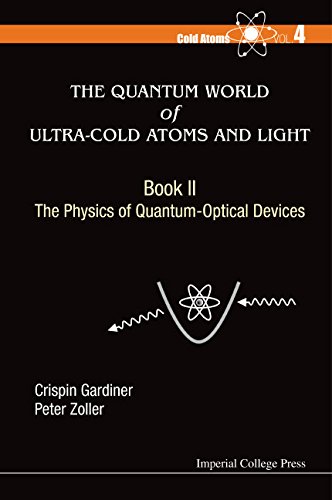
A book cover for The Quantum World of Ultra-Cold Atoms and Light Book II: The Physics of Quantum-Optical Devices (Cold Atoms - Volume 4); Crispin Gardiner; Science & Math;